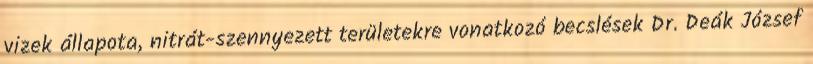
vizek állapota, nitrát-szennyezett területekre vonatkozó becslések Dr. Deák József